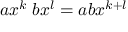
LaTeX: a x ^ { k } \; b x ^ { l } = a b x ^ { k + l }